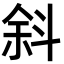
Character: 斜